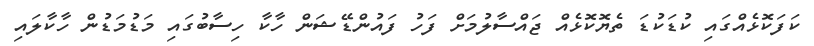
ކަފަކޮޅެއްގައި ކުޑަކުޑަ ތެޔޮކޮޅެއް ޖައްސާލުމަށް ފަހު ފައުންޑޭޝަން ހާކާ ހިސާބުގައި މަޑުމަޑުން ހާކާލައި